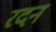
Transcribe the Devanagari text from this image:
रदन